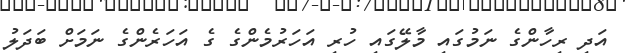
އަދި ރިހާންގެ ނަމުގައި މާލޭގައި ހުރި އަހަރުމެންގެ ގެ އަހަރެންގެ ނަމަށް ބަދަލު